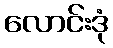
လောင်းဒုံ